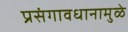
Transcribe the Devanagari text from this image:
प्रसंगावधानामुळे